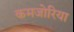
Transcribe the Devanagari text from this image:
कमजोरिया